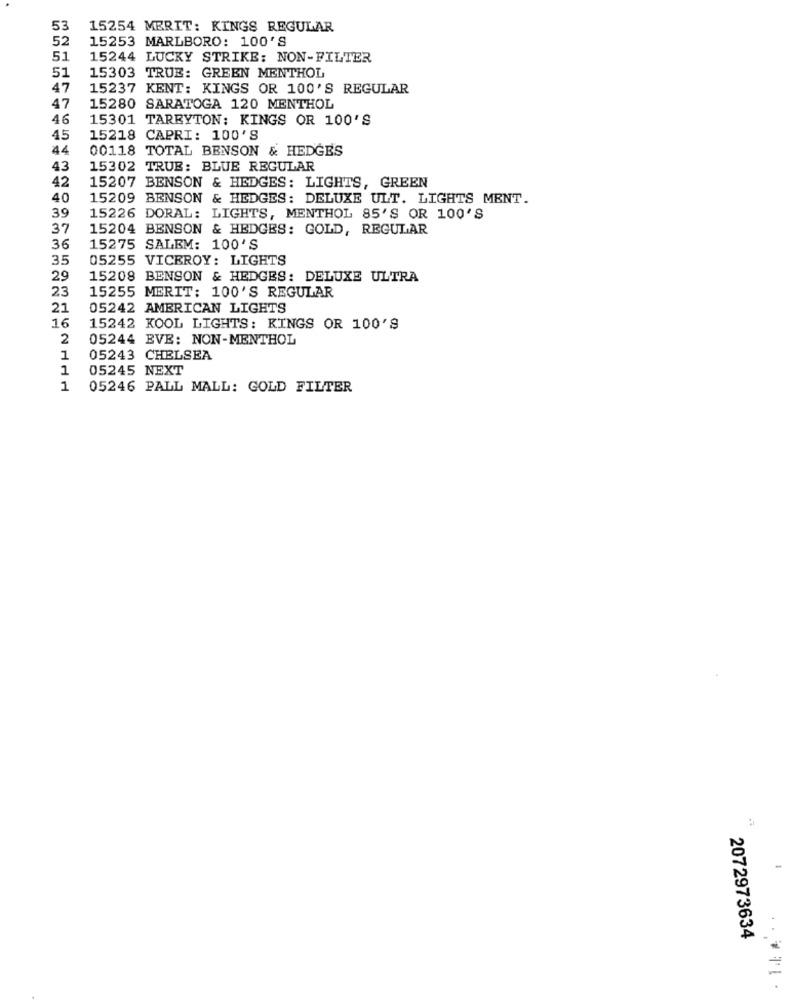
53
15254 MERIT: KINGS REGULAR
52
15253 MARLBORO: 100'S
51
15244 LUCKY STRIKE: NON-FILTER
51
15303 TRUE: GREEN MENTHOL
47
15237 KENT: KINGS OR 100'S REGULAR
47
15280 SARATOGA 120 MENTHOL
46
15301 TARBYTON: KINGS OR 100'S
45
15218 CAPRI: 100'8
44
00118 TOTAL BENSON & HEDGES
43
15302 TRUE: BLUE REGULAR
42
15207 BENSON & HEDGES: LIGHTS, GREEN
40
15209 BENSON & HEDGES: DELUXE ULT. LIGHTS MENT.
39
15226 DORAL: LIGHTS, MENTHOL 85'S OR 100'S
37
15204 BENSON & HEDGES: GOLD, REGULAR
36
15275 SALEM: 100'S
35
05255 VICEROY: LIGHTS
29
15208 BENSON & HEDGES: DELUXE ULTRA
23
15255 MERIT: 100'S REGULAR
21
05242 AMERICAN LIGHTS
16
15242 KOOL LIGHTS: KINGS OR 100'S
2
05244 EVE: NON-MENTHOL
1
05243 CHELSEA
1
05245 NEXT
1
05246 PALL MALL: GOLD FILTER
-
2072973634